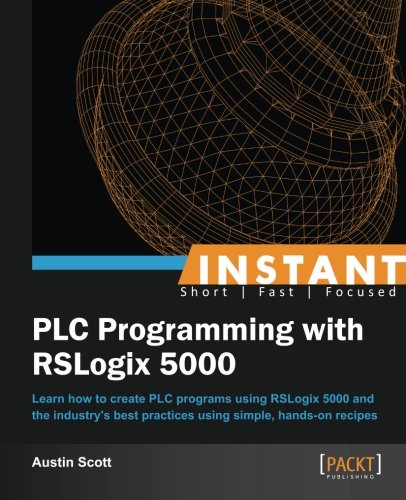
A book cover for Instant PLC Programming with RSLogix 5000; Austin Scott; Computers & Technology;